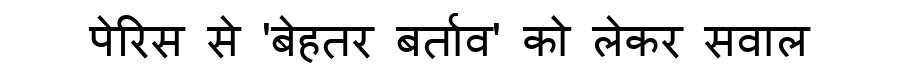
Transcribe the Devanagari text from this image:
पेरिस से 'बेहतर बर्ताव' को लेकर सवाल